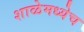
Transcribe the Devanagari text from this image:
शाळेमध्येच